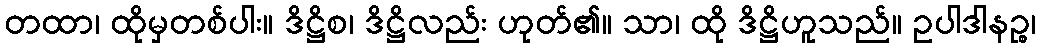
တထာ၊ ထိုမှတစ်ပါး။ ဒိဋ္ဌိစ၊ ဒိဋ္ဌိလည်း ဟုတ်၏။ သာ၊ ထို ဒိဋ္ဌိဟူသည်။ ဥပါဒါနဉ္စ၊